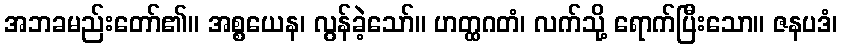
အဘခမည်းတော်၏။ အစ္စယေန၊ လွန်ခဲ့သော်။ ဟတ္ထဂတံ၊ လက်သို့ ရောက်ပြီးသော။ ဇနပဒံ၊